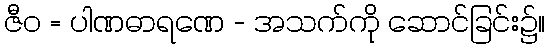
ဇီဝ = ပါဏဓာရဏေ - အသက်ကို ဆောင်ခြင်း၌။